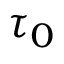
\tau _ { 0 }